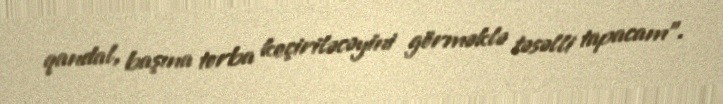
qandal, başına torba keçiriləcəyini görməklə təsəlli tapacam".